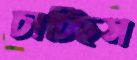
চাচ্ছিস